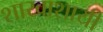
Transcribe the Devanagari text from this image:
शाखाशायी